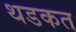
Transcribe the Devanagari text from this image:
थडकत